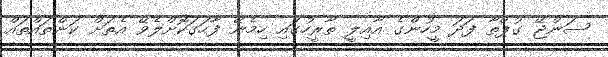
ސަންޖޭ ގުޕްތާ ފަދަ މީހުންގެ އާއިލީ ތާރީހުގައި ހިމެނޭ ފާހަގަކޮށްލެވޭ އެތަށް ކަންތައްތައް